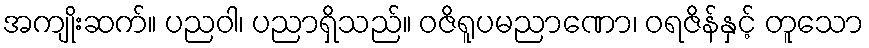
အကျိုးဆက်။ ပညဝါ၊ ပညာရှိသည်။ ဝဇိရူပမညာဏော၊ ဝရဇိန်နှင့် တူသော